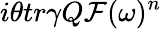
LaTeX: i\theta tr\gamma Q{\cal F}(\omega)^{n}